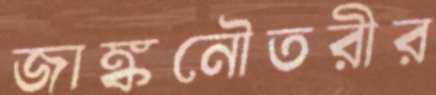
জাঙ্কনৌতরীর